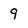
Character: 9